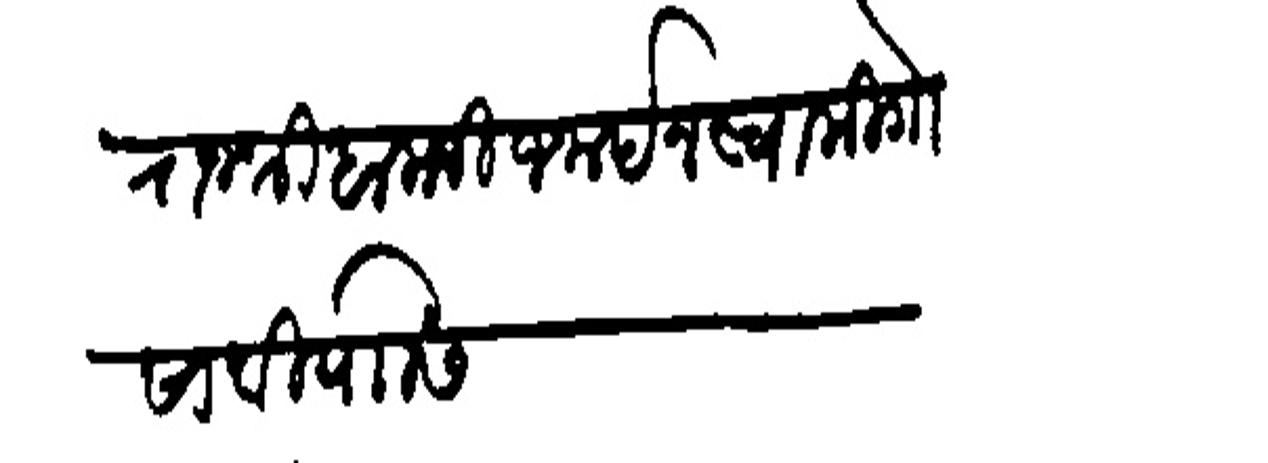
Transliteration (Devanagari): राजश्री बालाजी जनर्दन स्वामी गोसावी यासी